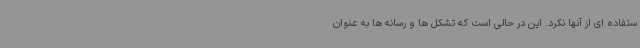
ستفاده ای از آنها نکرد. این در حالی است که تشکل ها و رسانه ها به عنوان